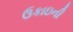
ઉકાઇની